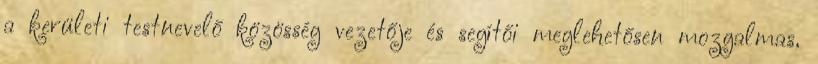
a kerületi testnevelő közösség vezetője és segítői meglehetősen mozgalmas,